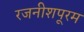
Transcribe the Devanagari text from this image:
रजनीशपूरम